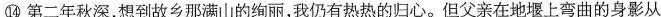
⑭第二年秋深，想到故乡那满山的绚丽，我仍有热热的归心。但父亲在地堰上弯曲的身影从